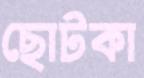
ছোটকা